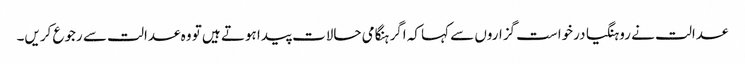
عدالت نے روہنگیا درخواست گزاروں سے کہا کہ اگر ہنگامی حالات پیدا ہوتے ہیں تو وہ عدالت سے رجوع کریں۔